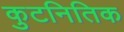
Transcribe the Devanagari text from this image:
कुटनितिक